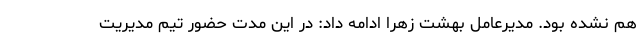
هم نشده بود. مدیرعامل بهشت زهرا ادامه داد: در این مدت حضور تیم مدیریت